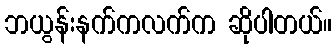
ဘယွန်းနက်ကလက်က ဆိုပါတယ်။